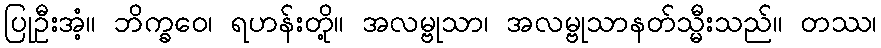
ပြုဦးအံ့။ ဘိက္ခဝေ၊ ရဟန်းတို့။ အလမ္ဗုသာ၊ အလမ္ဗုသာနတ်သ္မီးသည်။ တဿ၊